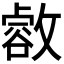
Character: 𢿶